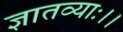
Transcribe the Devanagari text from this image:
ज्ञातव्याः।।